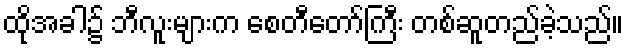
ထိုအခါ၌ ဘီလူးများက စေတီတော်ကြီး တစ်ဆူတည်ခဲ့သည်။